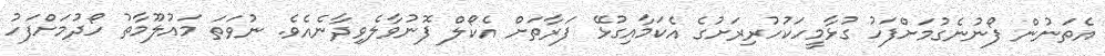
އެތަނުން ފޯނުނެގުމަށްފަހު ގުޅާމީހަކުހުރިރަށުގެ އެކަމާއިގުޅޭ ފަރާތަށް އެކޯލް ފޮނުވާލެވިދާނެއެވެ. ނުވަތަ މައުލޫމާތު ހޯދުމަށްފަހު